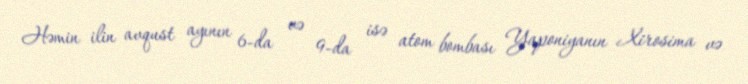
Həmin ilin avqust ayının 6-da və 9-da isə atom bombası Yaponiyanın Xirosima və